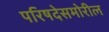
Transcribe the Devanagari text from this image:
परिषदेसमोरील